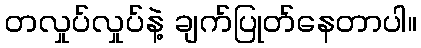
တလှုပ်လှုပ်နဲ့ ချက်ပြုတ်နေတာပါ။